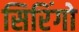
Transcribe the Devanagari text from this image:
सिरिंगो